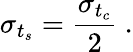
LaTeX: \sigma_{t_{s}}=\frac{\sigma_{t_{c}}}{2}~.